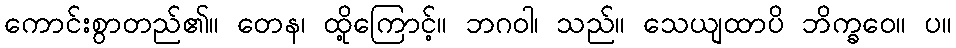
ကောင်းစွာတည်၏။ တေန၊ ထို့ကြောင့်။ ဘဂဝါ၊ သည်။ သေယျထာပိ ဘိက္ခဝေ။ ပ။